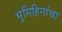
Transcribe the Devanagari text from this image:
भूमिहिनांचा